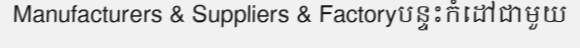
Manufacturers & Suppliers & Factoryបន្ទះកំដៅជាមួយ